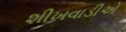
શીખવાડીએ